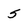
Character: 5